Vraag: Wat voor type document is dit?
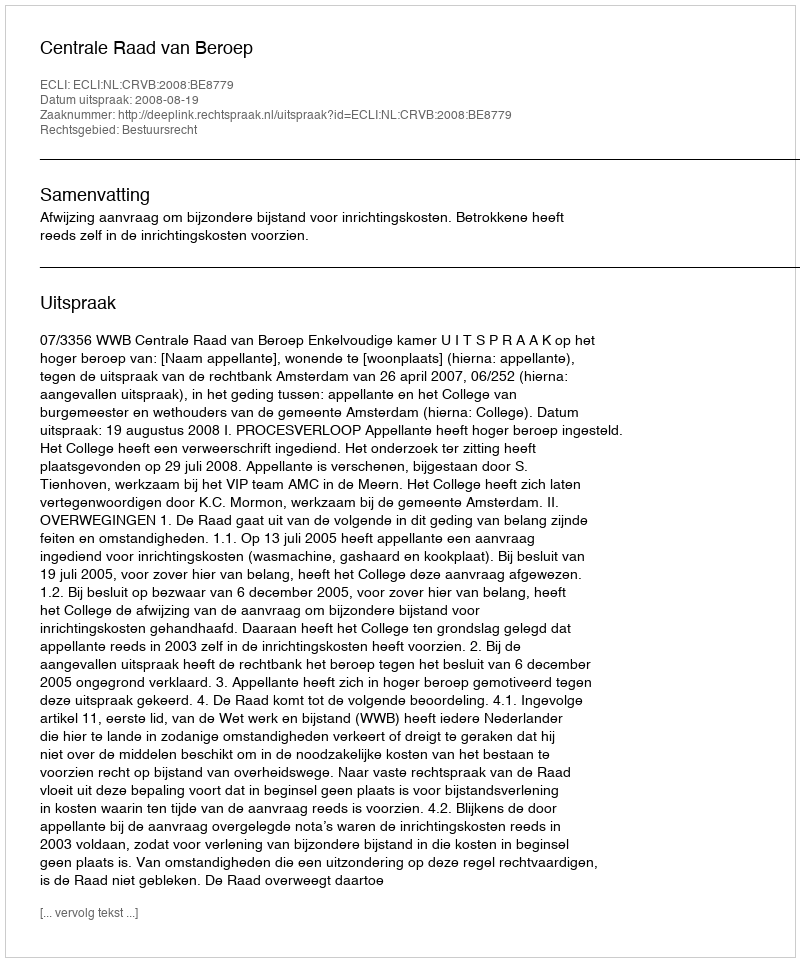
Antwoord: Uitspraak